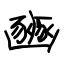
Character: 豳